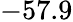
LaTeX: -57.9